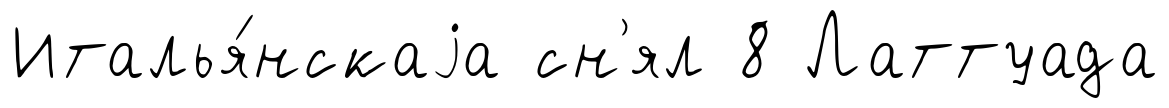
Италья́нскаjа сн'ял 8 Латтуада